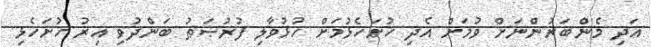
އަދި މެންބަރުންނަށް ވުމަށް އެދި ހުށަހެޅުމަށް ހުޅުވާލި ފުރުޞަޠު ބަންދުވި އިރު ހުށަހެޅި